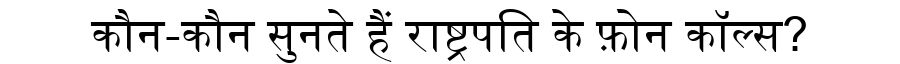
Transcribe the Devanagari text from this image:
कौन-कौन सुनते हैं राष्ट्रपति के फ़ोन कॉल्स?